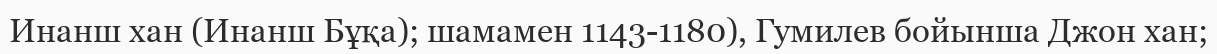
Инанш хан (Инанш Бұқа); шамамен 1143-1180), Гумилев бойынша Джон хан;